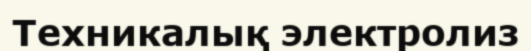
Tехникалық электролиз